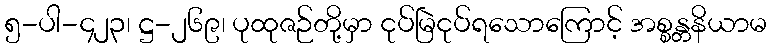
၅-ပါ-၄၂၃၊ ဋ္ဌ-၂၆၉၊ ပုထုဇဉ်တို့မှာ ငုပ်မြဲငုပ်ရသောကြောင့် အစ္စန္တနိယာမ